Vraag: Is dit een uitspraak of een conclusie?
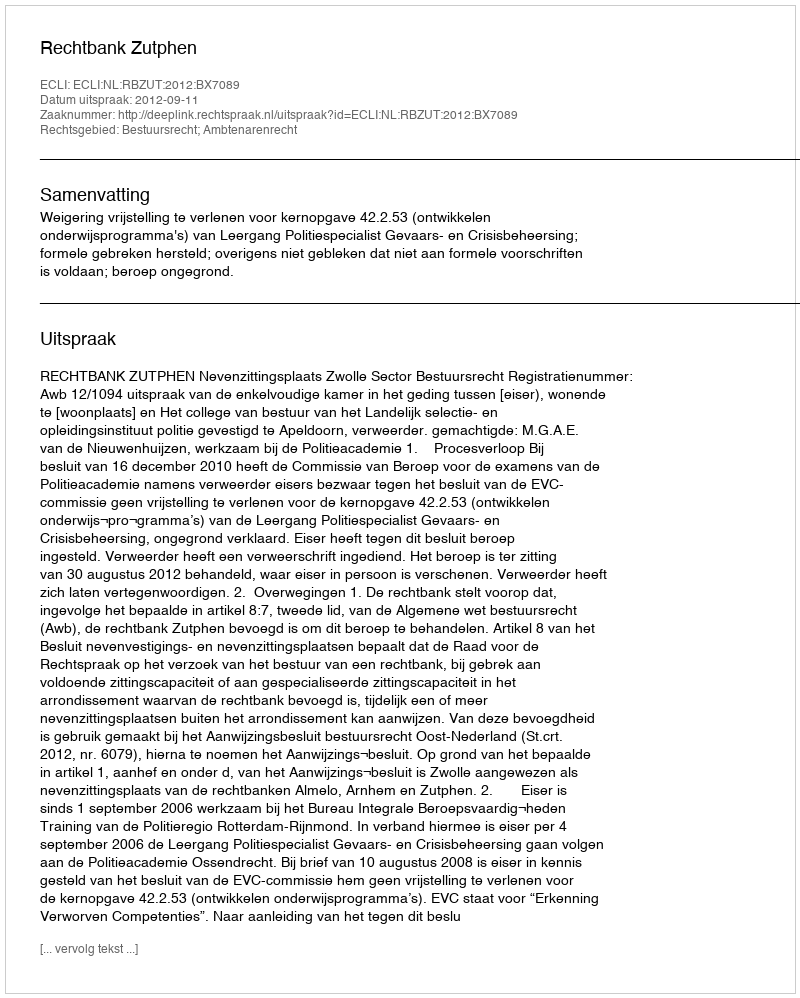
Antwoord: Uitspraak